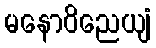
မနောဝိညေယျံ